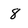
Character: 8